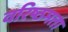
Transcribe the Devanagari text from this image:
वरिष्ठमता